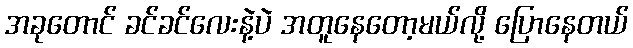
အခုတောင် ခင်ခင်လေးနဲ့ပဲ အတူနေတော့မယ်လို့ ပြောနေတယ်